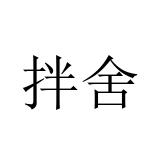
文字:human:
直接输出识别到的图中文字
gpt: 拌舍